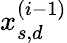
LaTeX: x_{s,d}^{(i-1)}